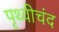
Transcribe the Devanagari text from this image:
पृथ्वीचंद